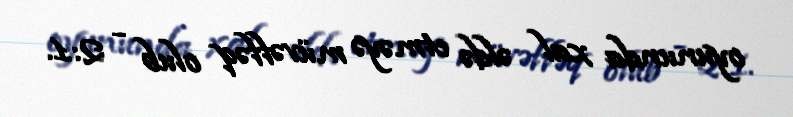
oyununda xal əldə etməyə müvəffəq olub - 2:1.